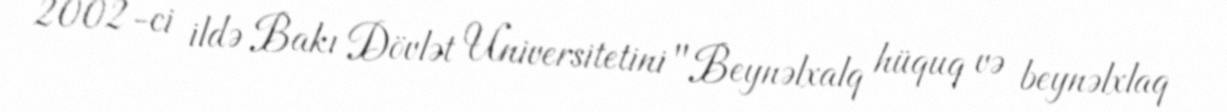
2002-ci ildə Bakı Dövlət Universitetini "Beynəlxalq hüquq və beynəlxlaq